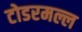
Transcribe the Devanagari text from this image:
टोडरमल्ल